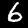
Label: 6